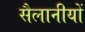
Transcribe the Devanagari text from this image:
सैलानीयों